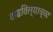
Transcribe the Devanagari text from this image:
वाढविल्याच्या